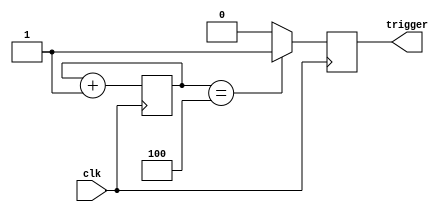
`timescale 1ns / 1ps

module load_trigger(
    input clk,
    output reg trigger
    );
    parameter trig_value = 4;
    reg [2:0] counter = 0;
    always @(posedge clk)
    begin
    if (counter == trig_value)
        begin
        counter <= 0;
        trigger <= 1;
        end
    else 
        trigger = 0;
        counter <= counter+1;
    end
   
endmodule